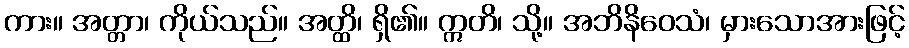
ကား။ အတ္တာ၊ ကိုယ်သည်။ အတ္ထိ၊ ရှိ၏။ ဣတိ၊ သို့။ အဘိနိဝေသံ၊ မှားသောအားဖြင့်